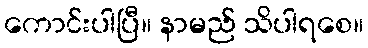
ကောင်းပါပြီ။ နာမည် သိပါရစေ။